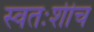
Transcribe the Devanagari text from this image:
स्वतःशीच